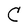
Character: C